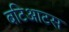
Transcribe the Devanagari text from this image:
बटिआटस